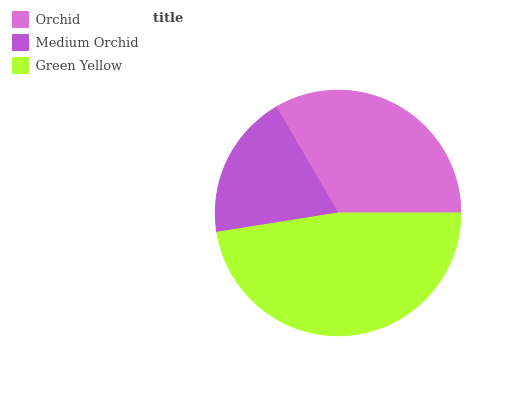
| Orchid | Medium Orchid | Green Yellow |
 | --- | --- | --- |
 | 33.4% | 19.1% | 47.5% |